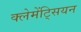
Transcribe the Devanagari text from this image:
क्लेमेंट्सियन